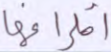
أطرافها